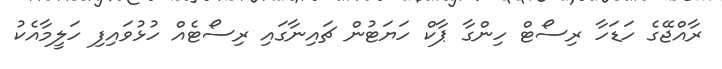
ރާއްޖޭގެ ހަޑަހާ ރިސޯޓް ހިންގާ ޕާކް ހަޔަޓުން ޗައިނާގައި ރިސޯޓެއް ހުޅުވައިފި ހަލީމާއެކު